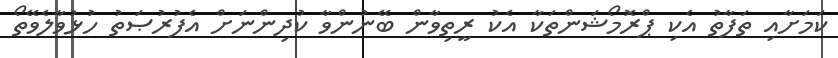
ކަމަށާއި ތަފާތު އެކި ޕްރޮމޯޝަންތަކާ އެކު ރީތިވާން ބޭނުންވާ ކުދިންނަށް އެފުރުޞަތު ހުޅުވާލެވޭތޯ